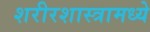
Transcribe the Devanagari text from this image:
शरीरशास्त्रामध्ये